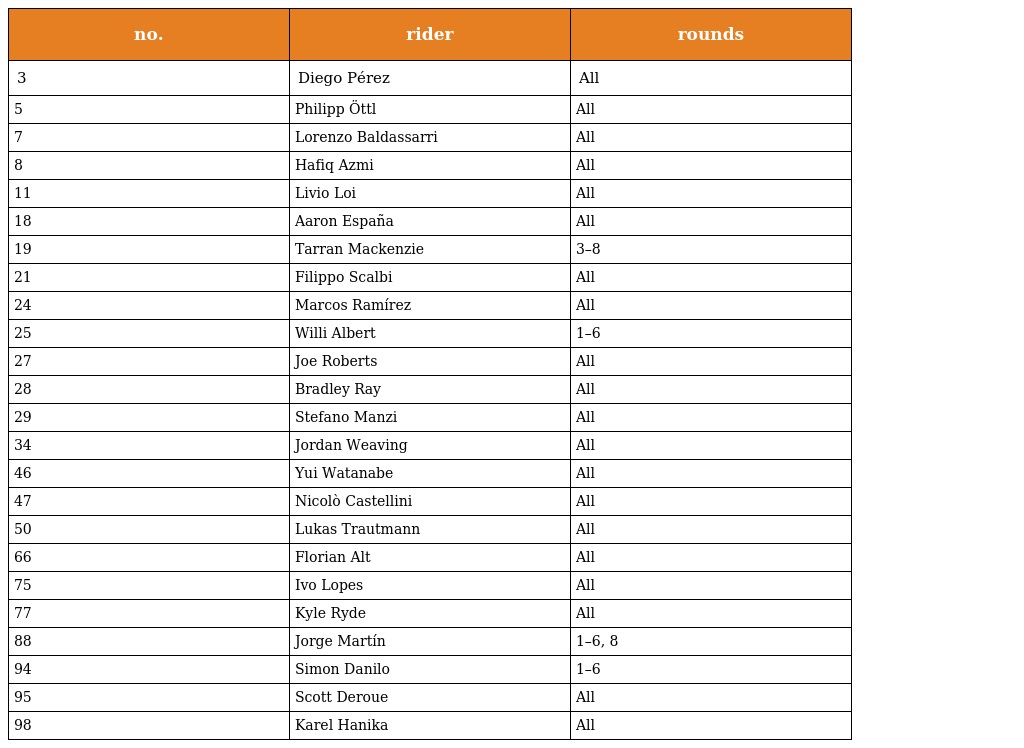
| no. | rider | rounds |
 | --- | --- | --- |
 | 3 | Diego Pérez | All |
 | 5 | Philipp Öttl | All |
 | 7 | Lorenzo Baldassarri | All |
 | 8 | Hafiq Azmi | All |
 | 11 | Livio Loi | All |
 | 18 | Aaron España | All |
 | 19 | Tarran Mackenzie | 3–8 |
 | 21 | Filippo Scalbi | All |
 | 24 | Marcos Ramírez | All |
 | 25 | Willi Albert | 1–6 |
 | 27 | Joe Roberts | All |
 | 28 | Bradley Ray | All |
 | 29 | Stefano Manzi | All |
 | 34 | Jordan Weaving | All |
 | 46 | Yui Watanabe | All |
 | 47 | Nicolò Castellini | All |
 | 50 | Lukas Trautmann | All |
 | 66 | Florian Alt | All |
 | 75 | Ivo Lopes | All |
 | 77 | Kyle Ryde | All |
 | 88 | Jorge Martín | 1–6, 8 |
 | 94 | Simon Danilo | 1–6 |
 | 95 | Scott Deroue | All |
 | 98 | Karel Hanika | All |